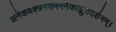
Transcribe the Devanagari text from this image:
अनेकवक्त्रनयनमनेकाद्भुतदर्शनम्‌।